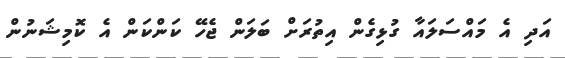
އަދި އެ މައްސަލައާ ގުޅިގެން އިތުރަށް ބަލަން ޖެހޭ ކަންކަން އެ ކޮމިޝަނުން